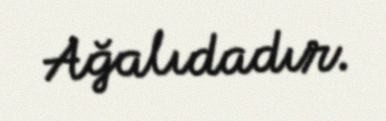
Ağalıdadır.